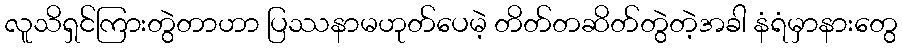
လူသိရှင်ကြားတွဲတာဟာ ပြဿနာမဟုတ်ပေမဲ့ တိတ်တဆိတ်တွဲတဲ့အခါ နံရံမှာနားတွေ